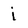
Character: i